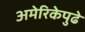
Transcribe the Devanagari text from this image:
अमेरिकेपुढे